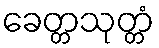
ခေတ္တသုတ္တံ